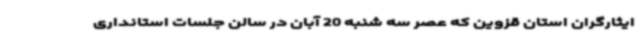
ایثارگران استان قزوین که عصر سه شنبه 20 آبان در سالن جلسات استانداری